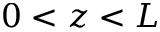
0 < z < L